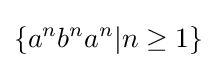
\{a^{n}b^{n}a^{n}|n\geq 1\}